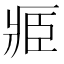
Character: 𮍎